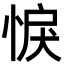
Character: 悷